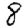
Digit: 8